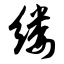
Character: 缕